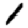
Digit: 1